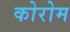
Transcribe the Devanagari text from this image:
कोरोम